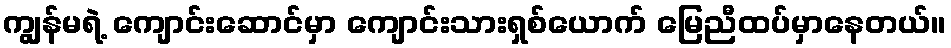
ကျွန်မရဲ့ ကျောင်းဆောင်မှာ ကျောင်းသားရှစ်ယောက် မြေညီထပ်မှာနေတယ်။